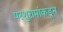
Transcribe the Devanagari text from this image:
परशुरामांकडून